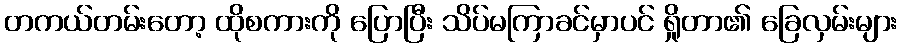
တကယ်တမ်းတော့ ထိုစကားကို ပြောပြီး သိပ်မကြာခင်မှာပင် ရှိုတာ၏ ခြေလှမ်းများ